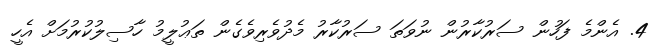
4. އެންމެ ފަހުން ސަރުކާރުން ނުވަތަ ސަރުކާރު މެދުވެރިވެގެން ތަޢުލީމު ހާސިލުކުރުމަށް އެހީ